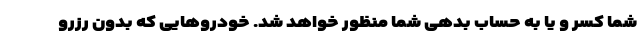
شما کسر و یا به حساب بدهی شما منظور خواهد شد. خودرو‌هایی که بدون رزرو